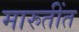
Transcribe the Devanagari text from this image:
मारुतींत